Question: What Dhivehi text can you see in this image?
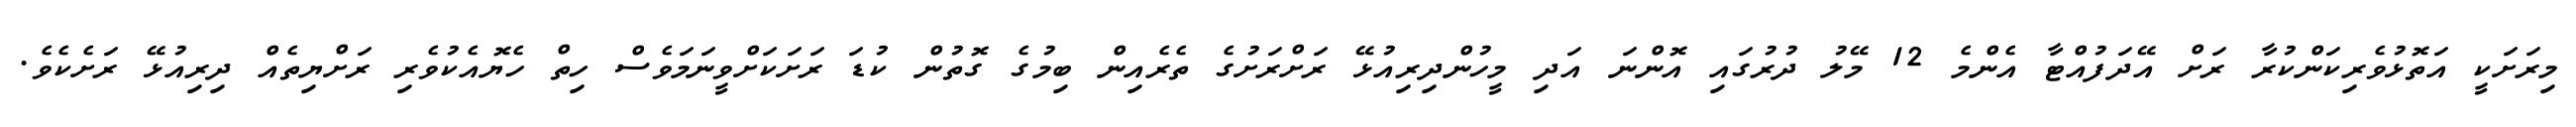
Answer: މިރަށަކީ އަތޮޅުވެރިކަންކުރާ ރަށް އޭދަފުއްޓާ އެންމެ 12 މޭލު ދުރުގައި އޮންނަ އަދި މީހުންދިރިއުޅޭ ރަށްރަށުގެ ތެރެއިން ބިމުގެ ގޮތުން ކުޑަ ރަށަކަށްވީނަމަވެސް ހިތް ހެޔޮއެކުވެރި ރަށްޔިތެއް ދިރިއުޅޭ ރަށެކެވެ.